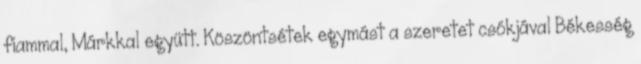
fiammal, Márkkal együtt. Köszöntsétek egymást a szeretet csókjával Békesség